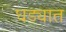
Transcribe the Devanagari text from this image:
घड्यात